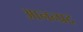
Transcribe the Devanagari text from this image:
आनन्प्रद